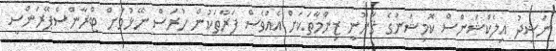
ނަޝީދު އިލެކްޝަންސް ކޮމިޝަނުގެ ޤާނޫނީ ޒިންމާތަކަށް އެއްވެސް ފަރާތަކުން ހުރަސް ނޭޅުމަށް ޓްރާންސްޕޭރަންސީ